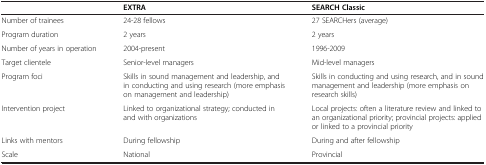
<table><thead><tr><td><b> </b></td><td><b>EXTRA</b></td><td><b>SEARCH Classic</b></td></tr></thead><tbody><tr><td>Number of trainees</td><td>24-28 fellows</td><td>27 SEARCHers (average)</td></tr><tr><td>Program duration</td><td>2 years</td><td>2 years</td></tr><tr><td>Number of years in operation</td><td>2004-present</td><td>1996-2009</td></tr><tr><td>Target clientele</td><td>Senior-level managers</td><td>Mid-level managers</td></tr><tr><td>Program foci</td><td>Skills in sound management and leadership, and in conducting and using research (more emphasis on management and leadership)</td><td>Skills in conducting and using research, and in sound management and leadership (more emphasis on research skills)</td></tr><tr><td>Intervention project</td><td>Linked to organizational strategy; conducted in and with organizations</td><td>Local projects: often a literature review and linked to an organizational priority; provincial projects: applied or linked to a provincial priority</td></tr><tr><td>Links with mentors</td><td>During fellowship</td><td>During and after fellowship</td></tr><tr><td>Scale</td><td>National</td><td>Provincial</td></tr></tbody></table>